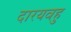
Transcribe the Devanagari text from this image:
दारयवहु